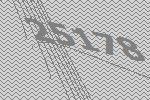
25178